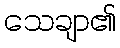
သေချာ၏